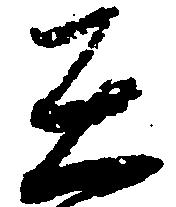
在